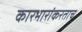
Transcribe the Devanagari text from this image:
कारभारांकरताच